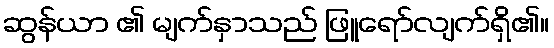
ဆွန်ယာ ၏ မျက်နှာသည် ဖြူရော်လျက်ရှိ၏။